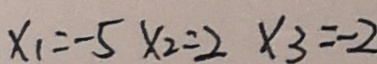
x _ { 1 } = - 5 x _ { 2 } = 2 x _ { 3 } = - 2